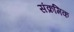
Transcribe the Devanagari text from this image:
संक्रमिक